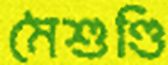
মৈশুণ্ডি